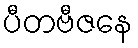
ပီတဗီဇနေ